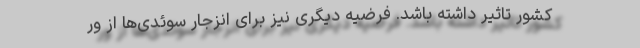
کشور تاثیر داشته باشد. فرضیه دیگری نیز برای انزجار سوئدی‌ها از ور